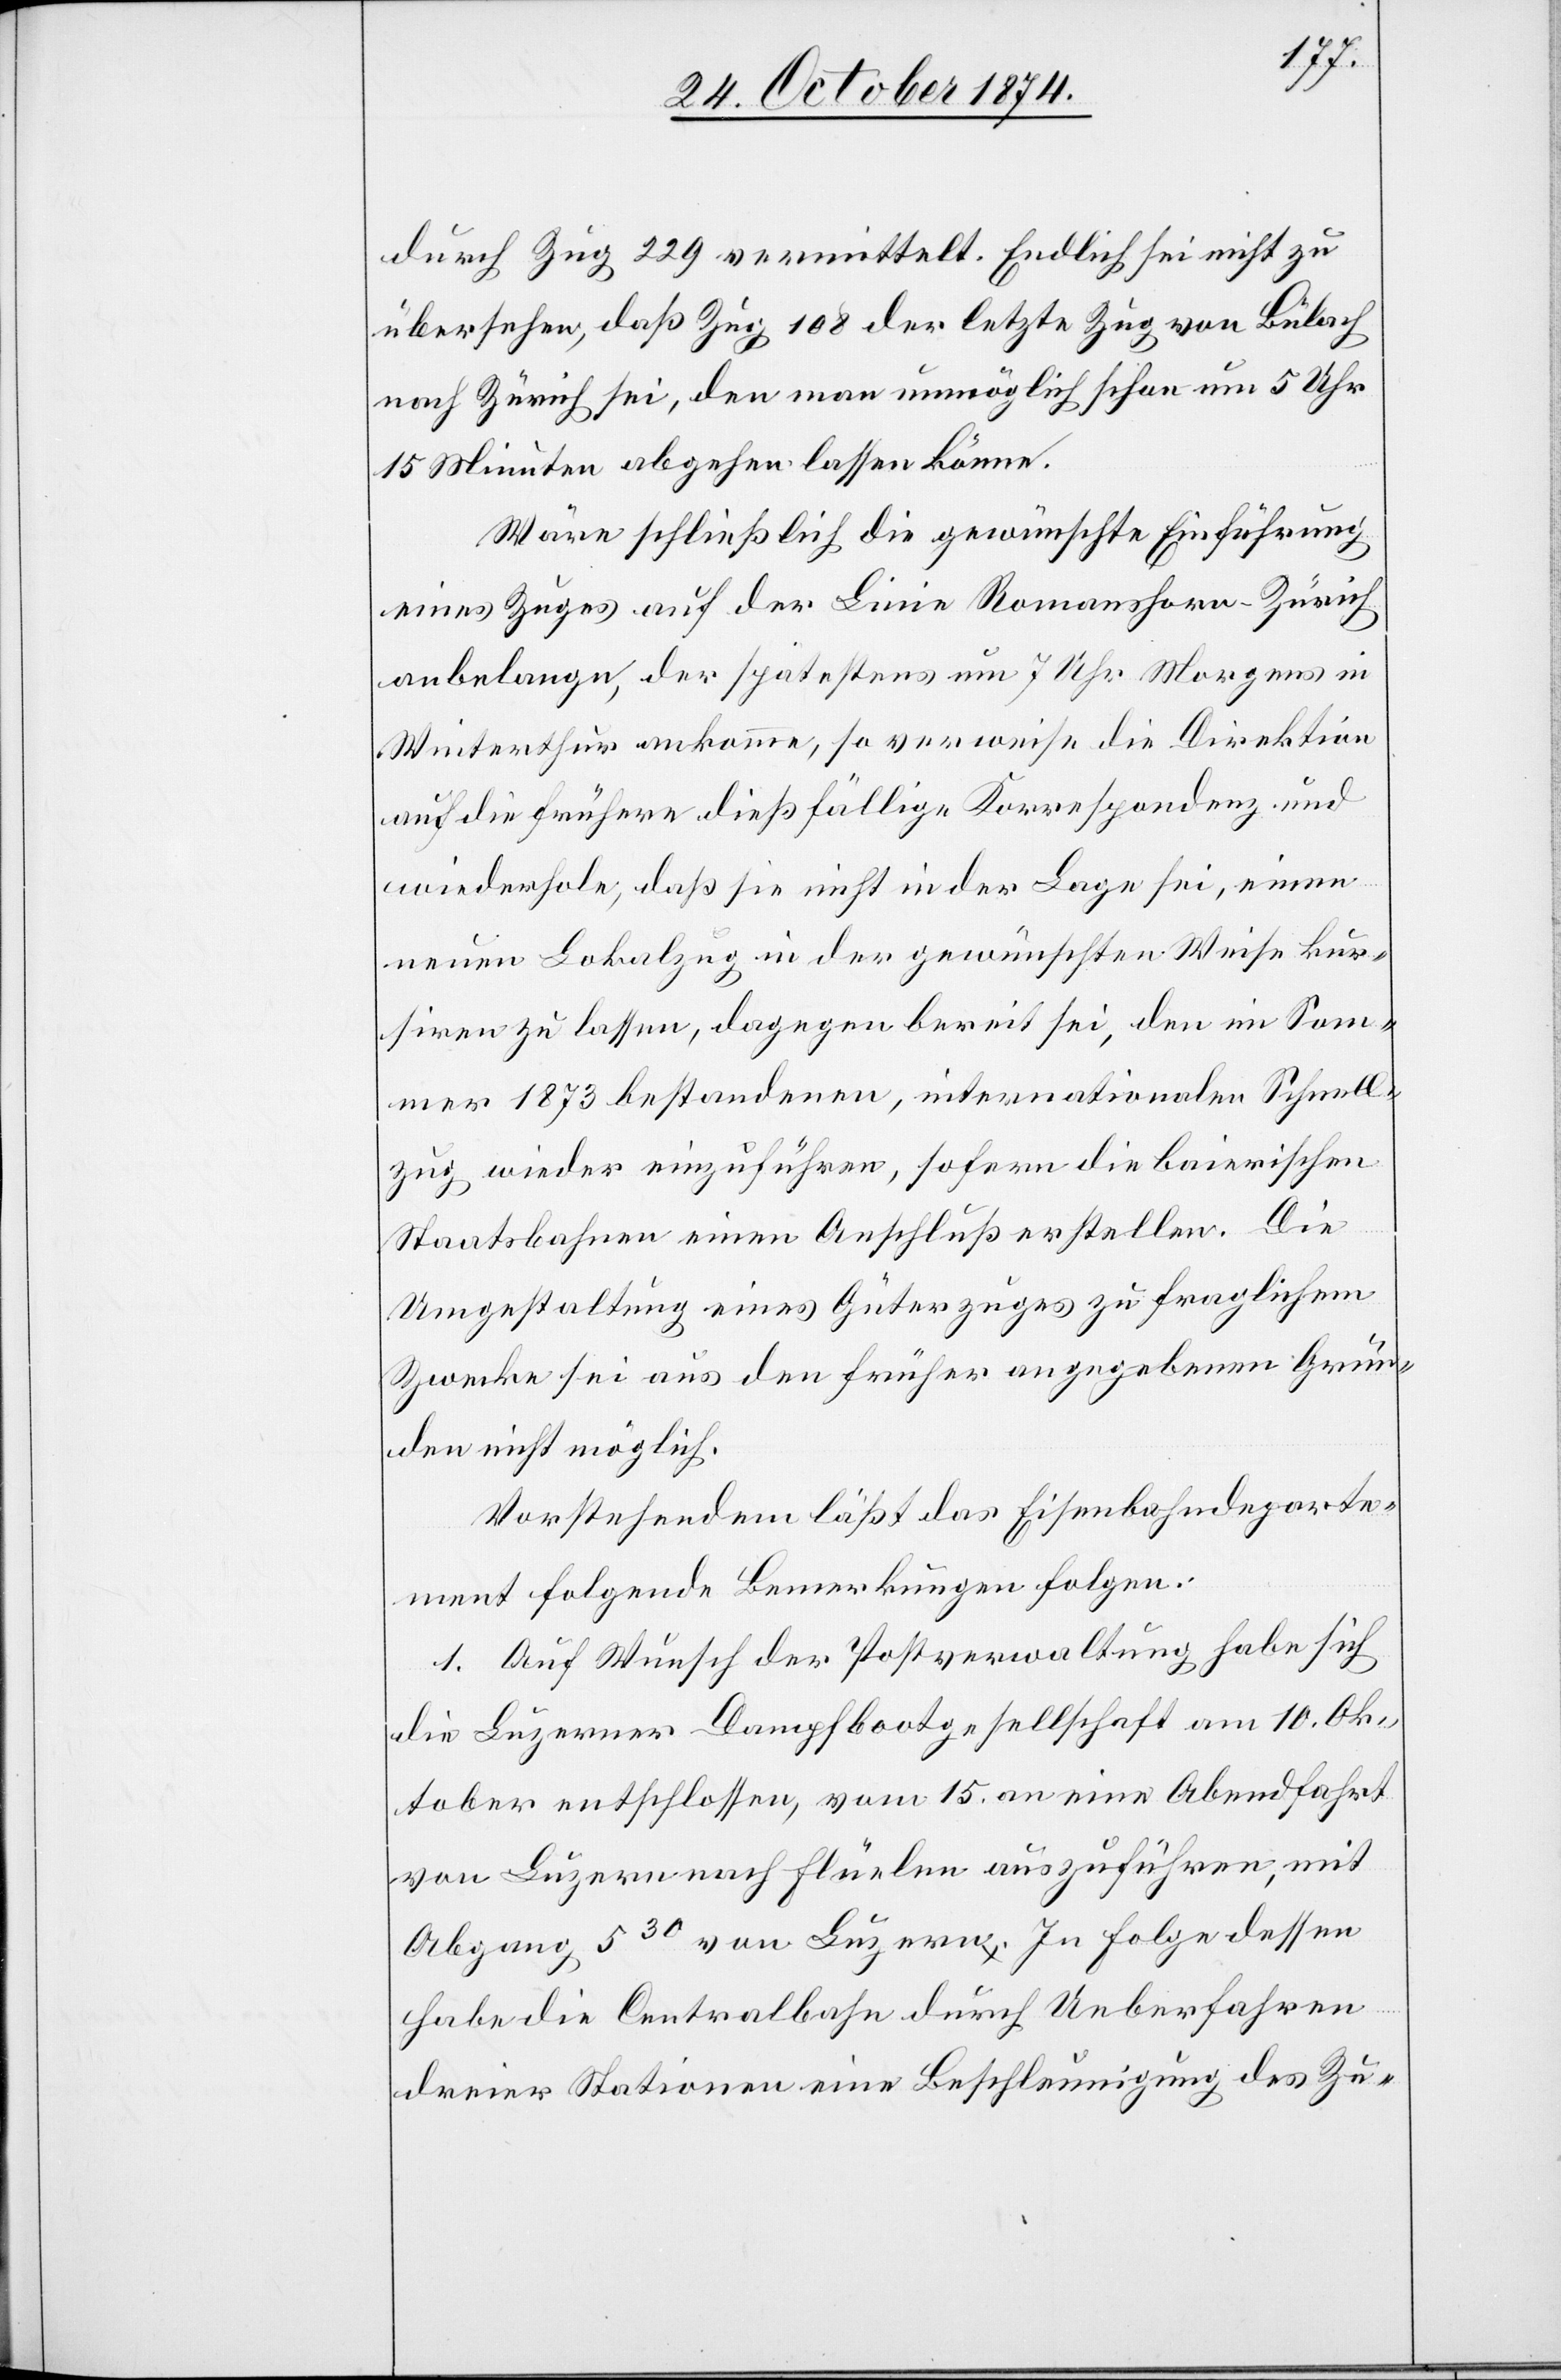
durch Zug 229 vermittelt. Endlich sei nicht zu
übersehen, daß Zug 108 der letzte Zug von Bülach
nach Zürich sei, den man unmöglich schon um 5 Uhr
15 Minuten abgehen lassen könne.
Wäre schließlich die gewünschte Einführung
eines Zuges auf der Linie Romanshorn–Zürich
anbelange [sic!], der spätestens um 7 Uhr Morgens in
Winterthur ankomme, so verweise die Direktion
auf die frühere dießfällige Korrespondenz und
wiederhole, daß sie nicht in der Lage sei, einen
neuen Lokalzug in der gewünschten Weise kur¬
siren zu lassen, dagegen bereit sei, den im Som¬
mer 1873 bestandenen, internationalen Schnell¬
zug wieder einzuführen, sofern die baierischen
Staatsbahnen einen Anschluß erstellen. Die
Umgestaltung eines Güterzuges zu fraglichem
Zwecke sei aus den früher angegebenen Grün¬
den nicht möglich.
Vorstehendem läßt das Eisenbahndeparte¬
ment folgende Bemerkungen folgen:
1. Auf Wunsch der Postverwaltung habe sich
die Luzerner Dampfbootgesellschaft am 10. Ok¬
tober entschlossen, vom 15. an eine Abendfahrt
von Luzern nach Flüelen auszuführen, mit
Abgang 530 von Luzern. In Folge dessen
habe die Centralbahn durch Ueberfahren
dreier Stationen eine Beschleunigung des Zu-